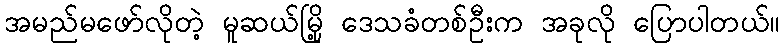
အမည်မဖော်လိုတဲ့ မူဆယ်မြို့ ဒေသခံတစ်ဦးက အခုလို ပြောပါတယ်။